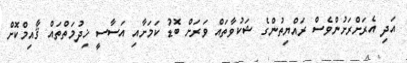
އަދި އެރަށްރަށުންވެސް ރައްޔިތުންގެ ޝަކުވާތައް ވަރަށް ބޮޑު ކަމަށާއި އަސާސީ ޚިދުމަތްތައް ޤާއިމްކޮށް